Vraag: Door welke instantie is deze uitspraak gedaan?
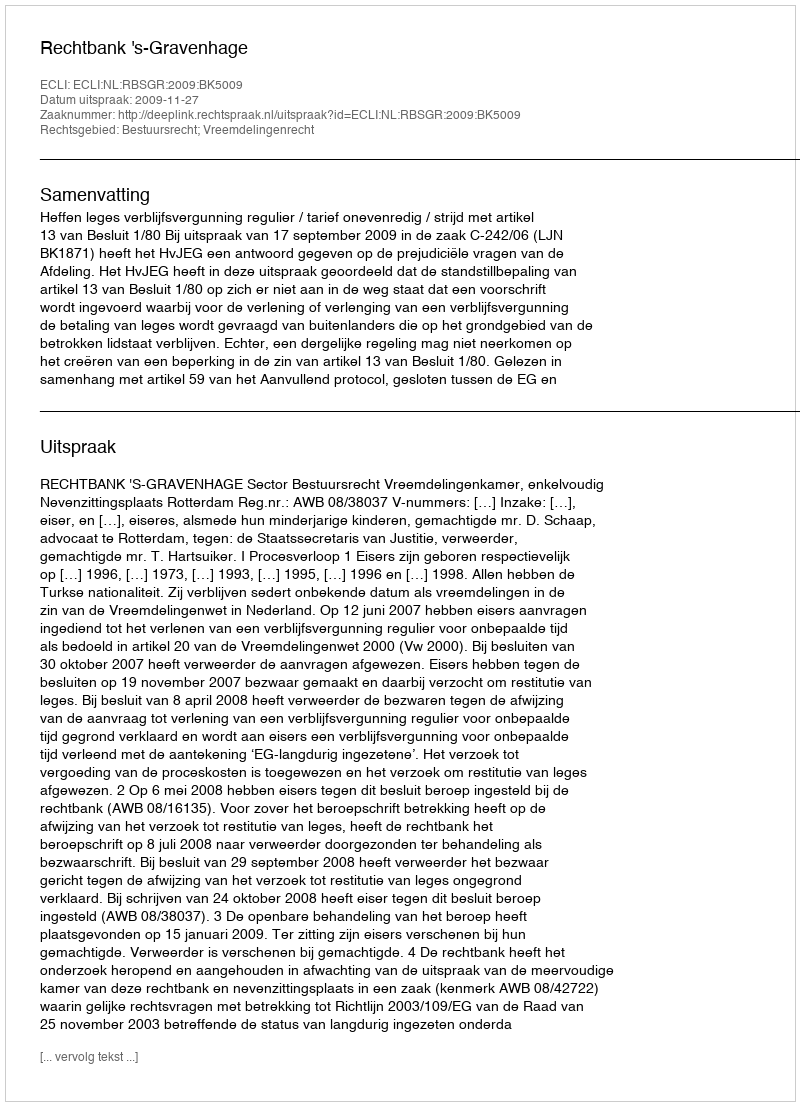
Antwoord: Rechtbank 's-Gravenhage